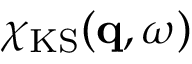
\chi _ { \mathrm { K S } } ( \mathbf { q } , \omega )